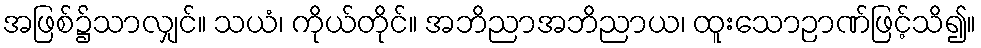
အဖြစ်၌သာလျှင်။ သယံ၊ ကိုယ်တိုင်။ အဘိညာအဘိညာယ၊ ထူးသောဉာဏ်ဖြင့်သိ၍။